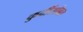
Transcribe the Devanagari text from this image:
कुर्दीसोबत